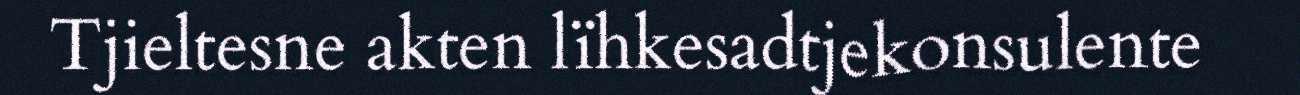
Tjieltesne akten lïhkesadtjekonsulente